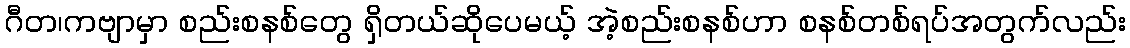
ဂီတ၊ကဗျာမှာ စည်းစနစ်တွေ ရှိတယ်ဆိုပေမယ့် အဲ့စည်းစနစ်ဟာ စနစ်တစ်ရပ်အတွက်လည်း